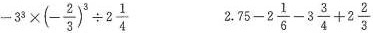
$$-3^{3}\times (- \frac{2}{3})^{3}\div 2 \frac{1}{4}$$ $$2.75-2 \frac{1}{6}-3 \frac{3}{4}+2 \frac{2}{3}$$